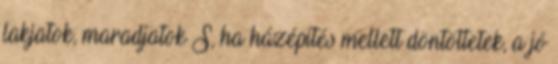
lakjatok, maradjatok S, ha házépítés mellett döntöttetek, a jó